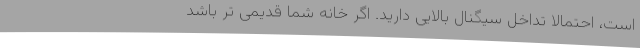
است، احتمالا تداخل سیگنال بالایی دارید. اگر خانه شما قدیمی تر باشد